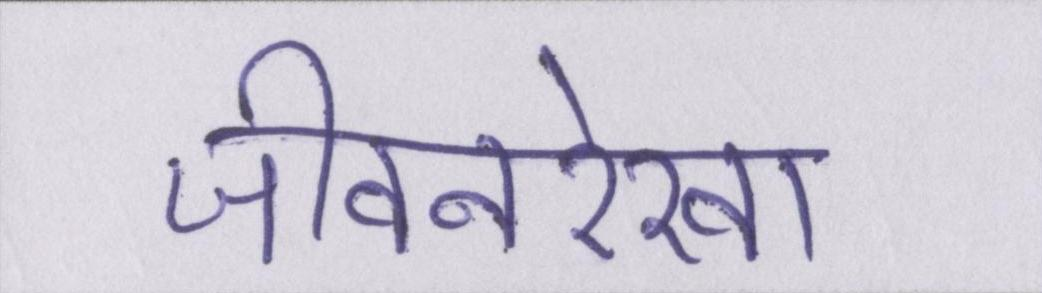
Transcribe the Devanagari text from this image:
जीवनरेखा